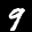
Label: 9